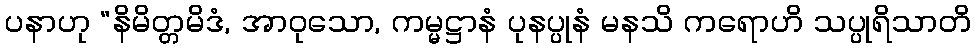
ပနာဟု “နိမိတ္တမိဒံ, အာဝုသော, ကမ္မဋ္ဌာနံ ပုနပ္ပုနံ မနသိ ကရောဟိ သပ္ပုရိသာတိ